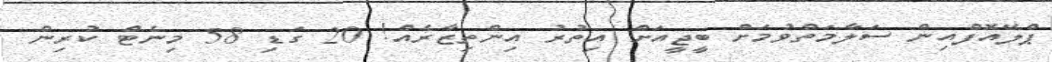
ޕްލޭއޮފްއިން ސަލާމަތްވުމަށް ބީޖީއަށް އިތުރު އިންތިޒާރެއް! 20 ގަޑި 58 މިނެޓް ކުރިން